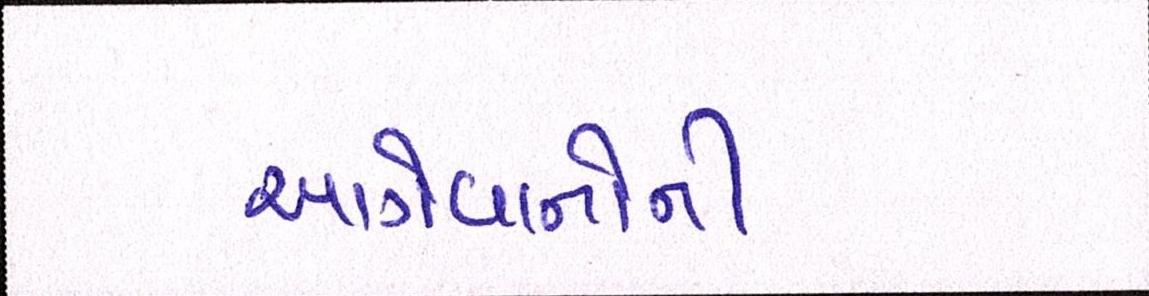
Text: આગેવાનોની